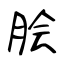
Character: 脍